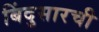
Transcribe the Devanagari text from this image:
बिंदुसारची